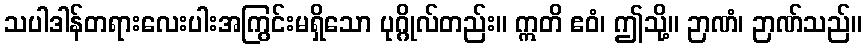
သပါဒါန်တရားလေးပါးအကြွင်းမရှိသော ပုဂ္ဂိုလ်တည်း။ ဣတိ ဧဝံ၊ ဤသို့။ ဉာဏံ၊ ဉာဏ်သည်။